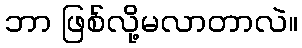
ဘာ ဖြစ်လို့မလာတာလဲ။